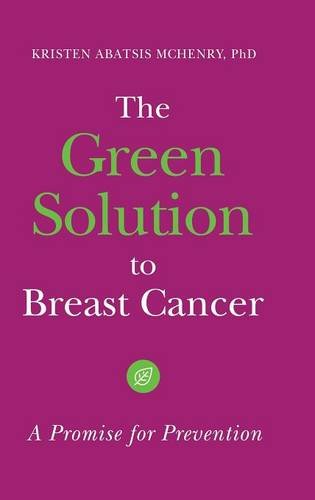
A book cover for The Green Solution to Breast Cancer: A Promise for Prevention; Kristen Abatsis McHenry Ph.D.; Medical Books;